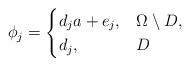
\begin{align*}\phi_j=\begin{cases}d_ja+e_j, & \Omega\setminus D,\\d_j, & D\end{cases}\end{align*}